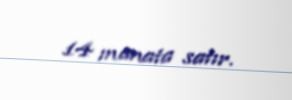
14 manata satır.